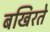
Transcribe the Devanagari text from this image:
बखिरते